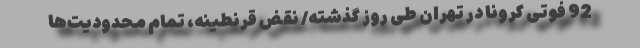
92 فوتی کرونا در تهران طی روز گذشته/ نقض قرنطینه، تمام محدودیت‌ها